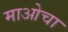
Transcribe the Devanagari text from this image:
माओचा